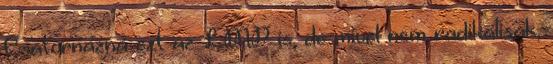
Csatornázná ezt az LMP is, de mivel nem radikálisak,